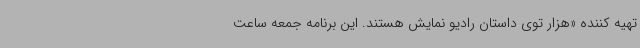
تهیه کننده «هزار توی داستان رادیو نمایش هستند. این برنامه جمعه ساعت